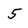
Character: 5